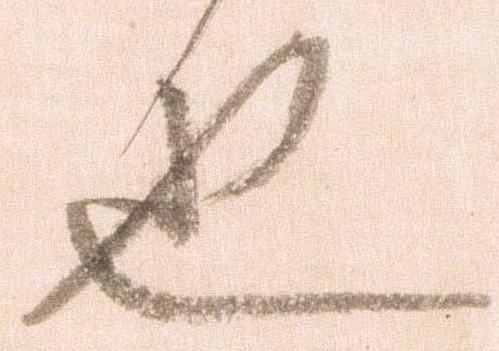
也